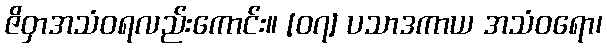
ဇိဝှာအသံဝရလည်းကောင်း။ [၀၇] ပသာဒကာယ အသံဝရော၊